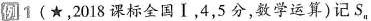
例]1(★，2018课标全国Ⅰ，4，5分，数学运算)记S_{n}